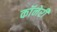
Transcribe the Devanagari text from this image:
कॉनेरी